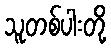
သူတစ်ပါးတို့